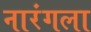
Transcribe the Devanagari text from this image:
नारंगला